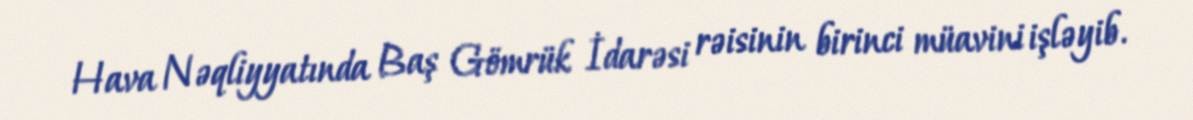
Hava Nəqliyyatında Baş Gömrük İdarəsi rəisinin birinci müavini işləyib.